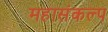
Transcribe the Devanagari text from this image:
महासंकल्प